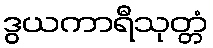
ဒွယကာရီသုတ္တံ